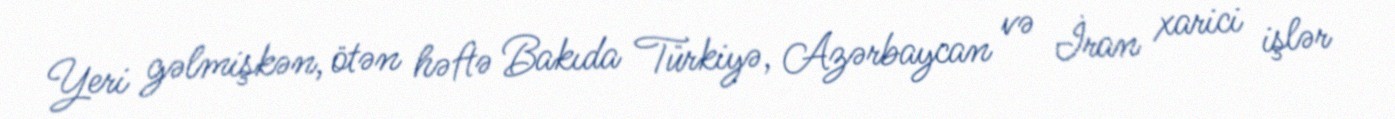
Yeri gəlmişkən, ötən həftə Bakıda Türkiyə, Azərbaycan və İran xarici işlər